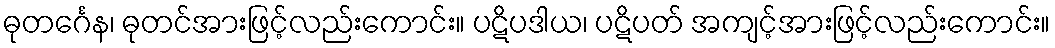
ဓုတင်္ဂေန၊ ဓုတင်အားဖြင့်လည်းကောင်း။ ပဋိပဒါယ၊ ပဋိပတ် အကျင့်အားဖြင့်လည်းကောင်း။